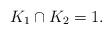
LaTeX: \begin{align*} K_1 \cap K_2 = 1.\end{align*}